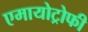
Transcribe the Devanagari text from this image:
एमायोट्रोफी